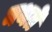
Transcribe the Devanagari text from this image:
मथते